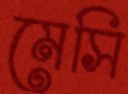
মেসি